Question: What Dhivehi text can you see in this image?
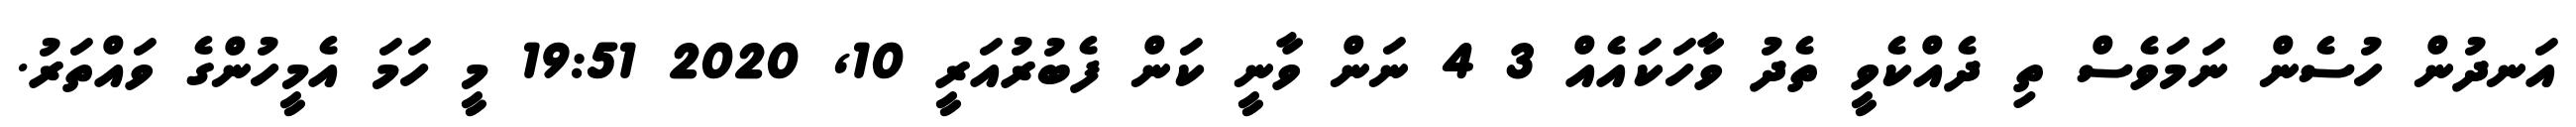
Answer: އަނދުން ހުސެން ނަމަވެސް ތި ދެއްކެވީ ތެދު ވާހަކައެއް 3 4 ނަން ވާނީ ކަން ފެބުރުއަރީ 10, 2020 19:51 މީ ހަމަ އެމީހުންގެ ވައްތަރު.